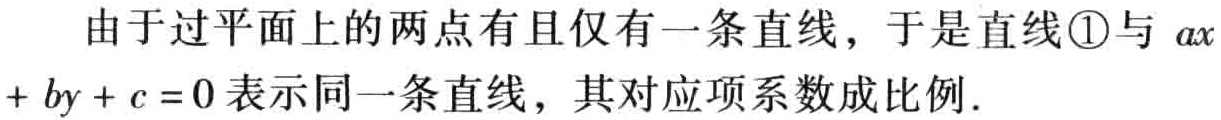
由于过平面上的两点有且仅有一条直线，于是直线\textcircled{1}与 \(ax + by + c = 0\) 表示同一条直线，其对应项系数成比例.